Insane asylums in Bengal annual reports 1876-1887 - 1876-1887
Year: 1876
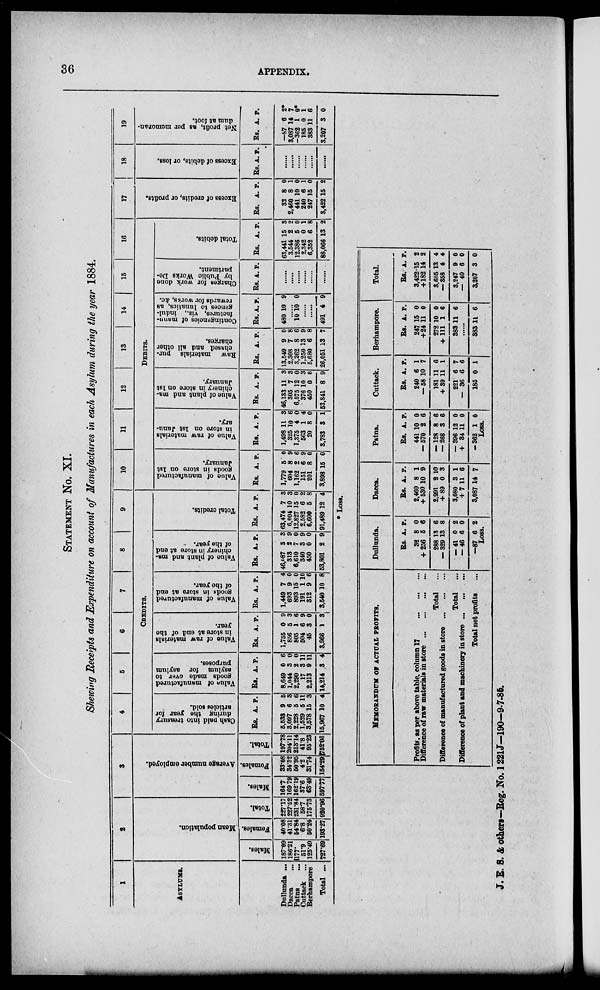
36
APPENDIX.
STATEMENT No. XI.
Showing Receipts and Expenditure on account of Manufactures in each Asylum during the year 1884.
1
ASYLUMS.
Dullunda ...
Dacca
...
Patna ... ...
Cuttack ...
Berhampore
Total ...
2
Mean population.
Males.
187.09
186.21
177.
51.9
125.49
727.69
Females.
40.08
41.31
54.84
6.8
50.24
193.27
Total.
227.17
227.52
231.84
58.7
175.73
920.96
3
Average number employed.
Males.
164.7
169.79
162.19
37.6
63.49
597.77
Females.
33.08
34.32
50.95
4.2
31.74
154.29
Total.
197.78
204.11
213.14
41.8
95.23
752.06
4
5
6
7
8
9
CREDITS.
Cash paid into treasury
during the year for
articles sold.
Rs.
5,533
3,097
2,228
1,529
3,578
15,967
A.
9
6
5
5
15
10
P.
5
3
6
11 3
4
Value of manufactured
goods made over to
asylum for asylum
purposes.
Rs.
8,649
1,044
2,290
17
2,213
14,214
A.
0
3
2
3
9
3
P.
6
0
0
11
11
4
Value of raw materials
in store at end of the
year.
Rs.
1,755
856
805
504
45
3,966
A.
0
5
1
6
3
1
P.
9
3
6
9
0
3
Value of manufactured
goods in store at end
of the year.
Rs.
1,449
693
893
191
312
3,540
A.
7
9
15
1
9
10
P.
4
0
0
10
6
8
Value of plant and ma-
chinery in store at end
of the year.
Rs.
46,087
313
6,610
340
450
53,801
A.
5
2
7
3
0
2
P.
3
9
0
9
0
9
Total credits.
Rs.
63,474
6,004
12,827
2,582
6,600
91,489
A.
7
10
15
6
5
12
P.
3
3
0
2
8
4
10
11
12
13
14
15
16
DEBITS.
Value of manufactured
goods in store on 1st
January.
Rs.
1,779
604
1,162
151
201
3,898
A.
5
8
2
6
8
15
P.
0
9
6
9
0
0
Value of raw materials
in store on 1st Janu-
ary.
Rs.
1,498
325
1,375
563
20
3,783
A.
11
10
4
1
8
3
P.
3
6
0
4
0
1
Value of plant and ma-
chinery in store on 1st
January.
Rs.
46,133
305
6,575
376
450
53,841
A.
11
7
12
10
0
8
P.
3
3
0
3
0
9
Raw materials pur-
chased and all other
charges.
Rs.
13,549
2,308
3,262
1,250
5,680
26,051
A.
9
7
8
13
6
13
P.
0
8
6
9
8
7
Contingencies of manu-
factures, viz., indul-
gences to lunatics, as
rewards for works, &c.
Rs.
480
A.
10
P.
9
10 10 0
......
......
491 4 9
Charges for work done
by Publ i c Wor ks De-
partment.
Rs. A. P.
......
......
......
......
......
......
Total debits.
Rs.
63,441
3,544
12,386
2,342
6,352
88,066
A.
15
2
5
0
6
13
P.
3
2
0
1
8
2
17
Excess of credits, or profits.
Rs.
32
2,460
441
240
247
3,422
A.
8
8
10
6
15
15
P.
0
1
0
1
0
2
18
Excess of debits, or loss.
Rs. A. P.
......
......
......
......
......
......
19
Net profit, as per memoran-
dum at foot.
Rs.
—87
3,087
—362
185
383
3,207
A.
6
14
1
0
11
3
P.
2*
7
0*
1
6
0
* Loss.
MEMORANDUM OF ACTUAL PROFITS.
Profits, as per above table, column 17
...
...
...
Difference of raw materials in store
...
...
...
...
Total
...
Difference of manufactured goods in store
...
...
...
Total ...
Difference of plant and machinery in store ... ... ...
Total net profits ...
Dullunda.
Rs.
32
+ 256
288
— 329
— 41
— 46
—87
A.
8
5
13
13
0
6
6
P.
0
6
6
8
2
0
2
Loss.
Dacca.
Rs.
2,460
+ 530
2,991
+ 89
3,080
+ 7
3,087
A.
8
10
2
0
3
11
14
P.
1
9
10
3
1
6
7
Patna.
Rs.
441
— 570
— 128
— 268
— 396
+ 34
— 362
A.
10
2
8
3
12
11
1
P.
0
6
6
6
0
0
0
Loss.
Cuttack.
Rs.
240
— 58
181
+ 39
221
— 36
185
A.
6
10
11
11
6
6
0
P.
1
7
6
1
7
6
1
Berhampore.
Rs.
247
+24
272
+ 111
383
A.
15
11
10
1
11
P.
0
0
0
6
6
......
383 11 6
Total.
Rs.
3,422
+182
3,605
— 358
3,247
— 40
3,207
A.
15
14
13
4
9
6
3
P.
2
2
4
4
0
0
0
J. E. S. & others—Reg. No. 1221 J—190—9-7-85.